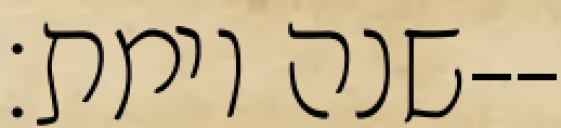
שנה וימת׃--